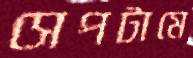
সেপটামে